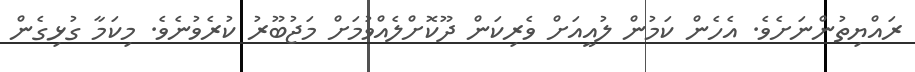
ރައްޔިތުންނަށެވެ. އެހެން ކަމުން ލުއީއަށް ވެރިކަން ދޫކޮށްލެއްވުމަށް މަޖުބޫރު ކުރެވުނެވެ. މިކަމާ ގުޅިގެން